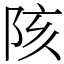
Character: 陔